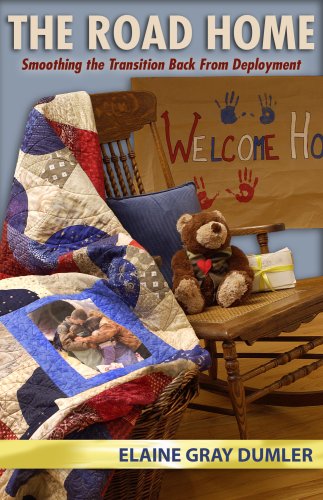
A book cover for The Road Home: Smoothing the Transition Back From Deployment; Elaine Gray Dumler; Parenting & Relationships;